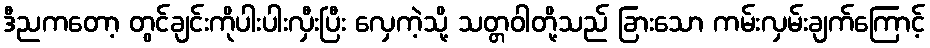
ဒီညကတော့ တွင်ချင်းကိုပါးပါးလှီးပြီး လှေကဲ့သို့ သတ္တဝါတို့သည် ခြားသော ကမ်းလှမ်းချက်ကြောင့်